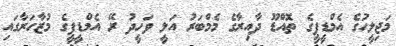
މަޖިލީހުގެ އެމްޑީޕީގެ ތޮއްޑޫ ދާއިރާގެ މެމްބަރު އަލީ ވަހީދު ރޭ އެމްޑީޕީގެ މުޒާހަރާގައި